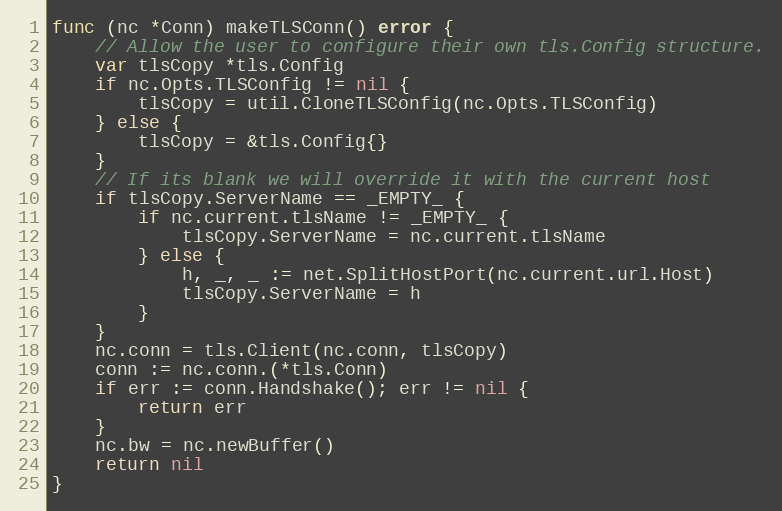
Language: Go
func (nc *Conn) makeTLSConn() error {
	// Allow the user to configure their own tls.Config structure.
	var tlsCopy *tls.Config
	if nc.Opts.TLSConfig != nil {
		tlsCopy = util.CloneTLSConfig(nc.Opts.TLSConfig)
	} else {
		tlsCopy = &tls.Config{}
	}
	// If its blank we will override it with the current host
	if tlsCopy.ServerName == _EMPTY_ {
		if nc.current.tlsName != _EMPTY_ {
			tlsCopy.ServerName = nc.current.tlsName
		} else {
			h, _, _ := net.SplitHostPort(nc.current.url.Host)
			tlsCopy.ServerName = h
		}
	}
	nc.conn = tls.Client(nc.conn, tlsCopy)
	conn := nc.conn.(*tls.Conn)
	if err := conn.Handshake(); err != nil {
		return err
	}
	nc.bw = nc.newBuffer()
	return nil
}